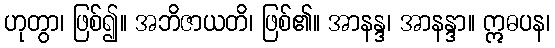
ဟုတွာ၊ ဖြစ်၍။ အဘိဇာယတိ၊ ဖြစ်၏။ အာနန္ဒ၊ အာနန္ဒာ။ ဣဓပန၊